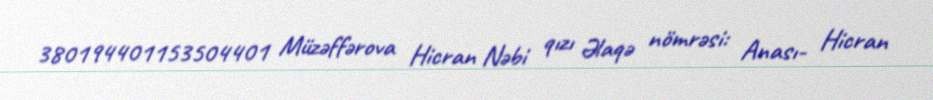
380194401153504401 Müzəffərova Hicran Nəbi qızı Əlaqə nömrəsi: Anası- Hicran